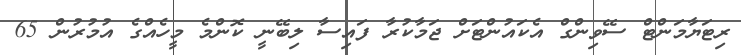
ރިޓަޔާމަންޓް ސޭވިންގް އެކައުންޓަށް ޖަމާކުރާ ފައިސާ ލިބޭނީ ކޮންމެ މީހެއްގެ އުމުރުން 65